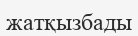
жатқызбады